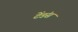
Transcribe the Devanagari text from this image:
टेंडंस